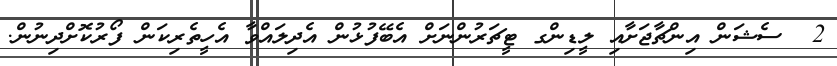
2  ސެޝަން އިންޗާޖަށާއި ލީޑިންގ ޓީޗަރުންނަށް އެބޭފުޅުން އެދިލައްވާ އެހީތެރިކަން ފޯރުކޮށްދިނުން.